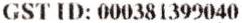
GST ID: 000381399040